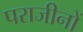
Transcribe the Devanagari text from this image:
पराजीनों